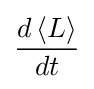
{\frac {d\left\langle L\right\rangle }{dt}}